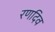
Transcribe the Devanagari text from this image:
रणदिव